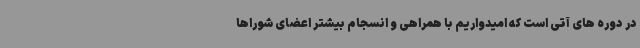
در دوره های آتی است که امیدواریم با همراهی و انسجام بیشتر اعضای شوراها